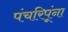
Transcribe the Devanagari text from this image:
पंचरिपूंना